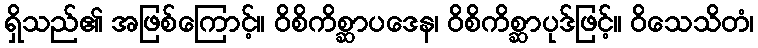
ရှိသည်၏ အဖြစ်ကြောင့်။ ဝိစိကိစ္ဆာပဒေန၊ ဝိစိကိစ္ဆာပုဒ်ဖြင့်။ ဝိသေသိတံ၊